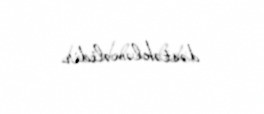
dəstəkləməlidir.